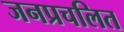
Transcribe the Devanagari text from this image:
जनप्रचलित